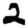
Digit: 2